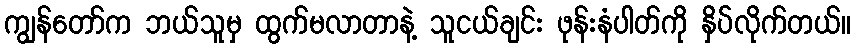
ကျွန်တော်က ဘယ်သူမှ ထွက်မလာတာနဲ့ သူငယ်ချင်း ဖုန်းနံပါတ်ကို နှိပ်လိုက်တယ်။